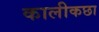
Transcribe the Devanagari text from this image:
कालीकछा